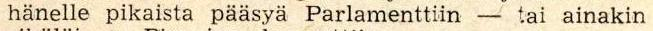
hänelle pikaista pääsyä Parlamenttiin - tai ainakin